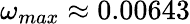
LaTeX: \omega_{max}\approx 0.00643